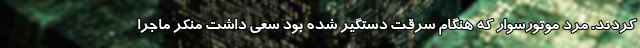
کردند. مرد موتورسوار که هنگام سرقت دستگیر شده بود سعی داشت منکر ماجرا